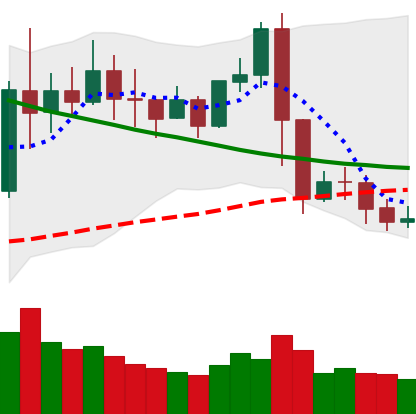
Ticker: XRP-USD
Chart end date: 2019-11-13
Forward return: -6.367%
Label: down_5_7